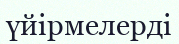
үйірмелерді